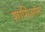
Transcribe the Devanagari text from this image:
शामिआना